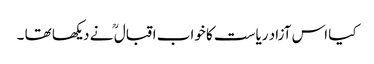
کیا اس آزاد ریاست کا خواب اقبال ؒ نے دیکھا تھا ۔